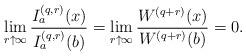
LaTeX: \begin{align*}\lim_{r \uparrow \infty}\frac {I_a^{(q,r)}(x)} {I_a^{(q,r)}(b)} = \lim_{r \uparrow \infty} \frac {W^{(q+r)}(x)} {W^{(q+r)}(b)} = 0.\end{align*}